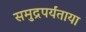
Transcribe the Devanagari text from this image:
समुद्रपर्यंताया